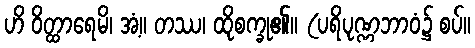
ဟိ ဝိတ္ထာရေမိ၊ အံ့။ တဿ၊ ထိုစက္ခု၏။ (ပရိပုဏ္ဏဘာဝံ၌ စပ်။